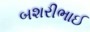
બશરીભાઈ